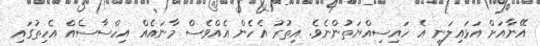
އޭނާއަށް އަޅައިލަނީ އެ ހައިސިއްޔަތުންނެވެ. އިތުރު އެހެން އެއްވެސް މާނައެއް އިހްސާސެއް އެހިތުގައި